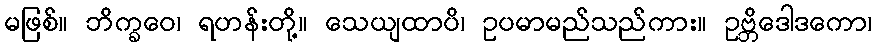
မဖြစ်။ ဘိက္ခဝေ၊ ရဟန်းတို့။ သေယျထာပိ၊ ဥပမာမည်သည်ကား။ ဥဗ္ဘိဒေါဒကော၊